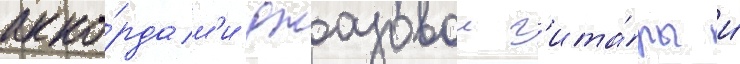
акко́рдам'и джазовои г'ита́ры и́